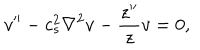
v ^ { \prime \prime } - c _ { s } ^ { 2 } \nabla ^ { 2 } v - \frac { z ^ { \prime \prime } } { z } v = 0 ,